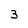
Character: 3